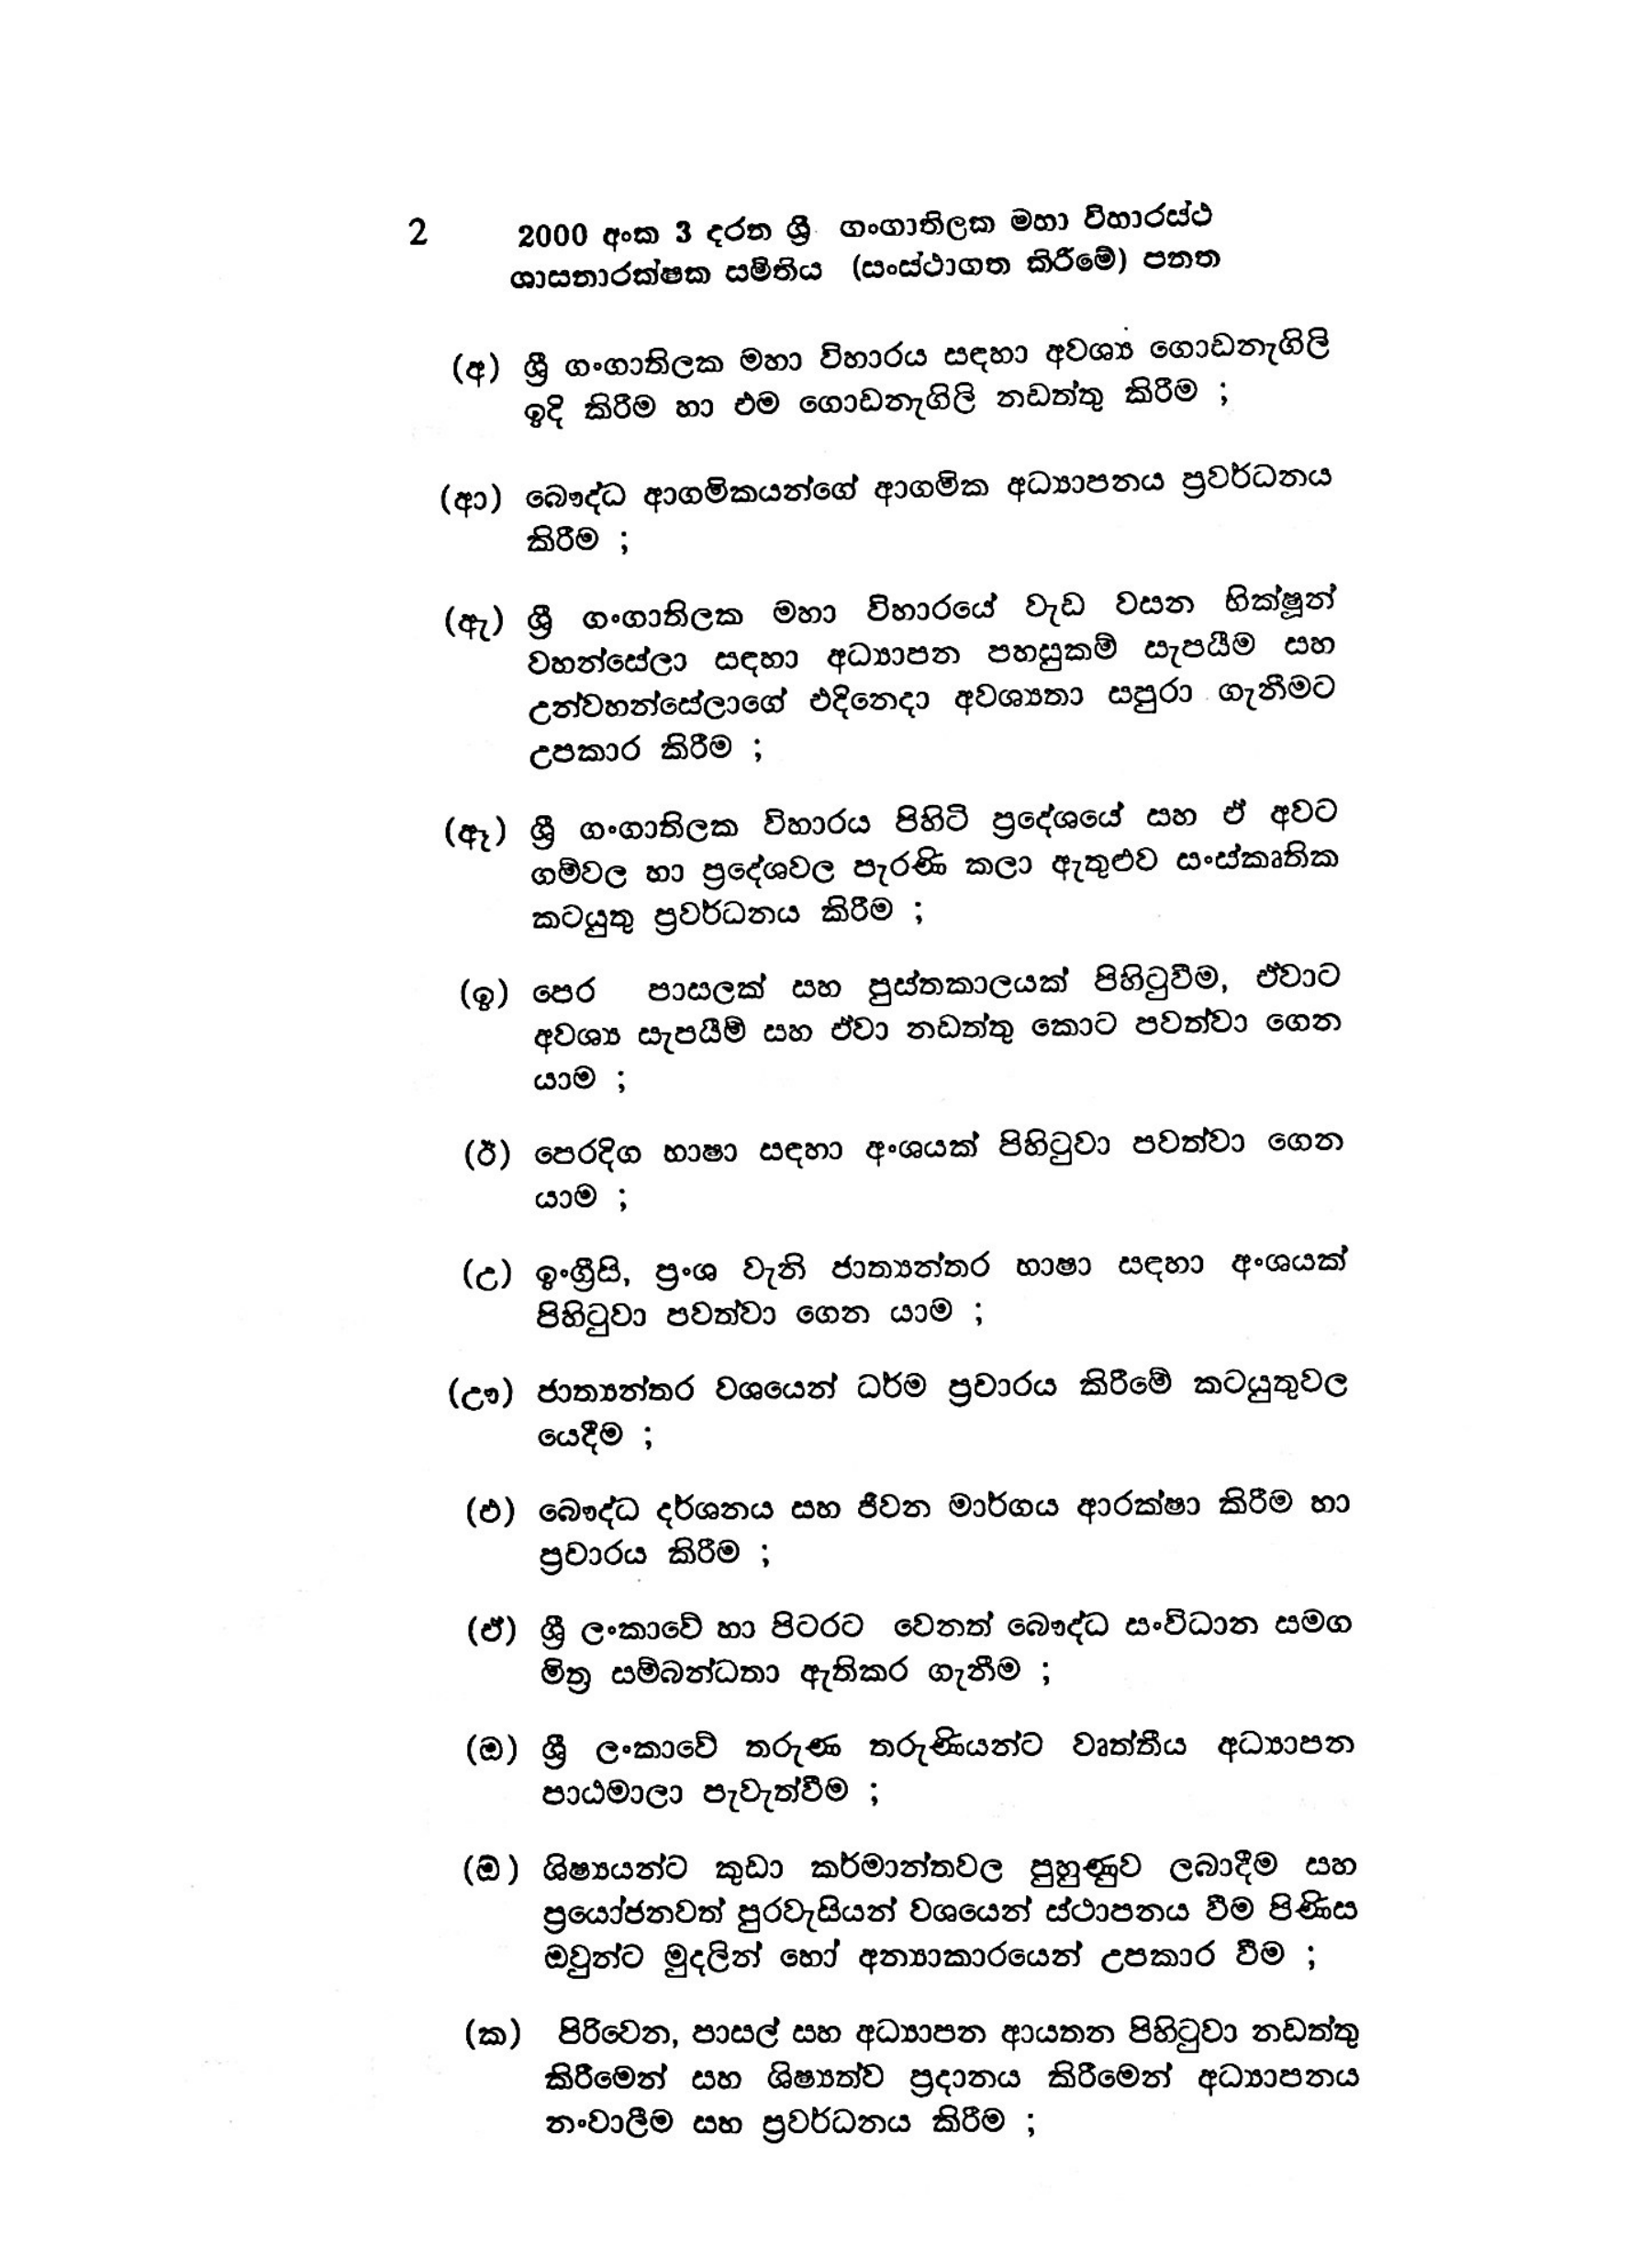
2 2000 අංක 3 දරන ශ්‍රී ගංගාතිලක මහා විහාරස්ථ
ශාසනාරක්ෂක සමිතිය (සංස්ථාගත කිරීමේ) පනත

(අ) ශ්‍රී ගංගාතිලක මහා විහාරය සඳහා අවශ්‍ය ගොඩනැගිලි
ඉදි කිරීම හා එම ගොඩනැගිලි නඩත්තු කිරීම ;

(ආ) බෞද්ධ ආගමිකයන්ගේ ආගමික අධ්‍යාපනය ප්‍රවර්ධනය
කිරීම ;

(ඇ) ශ්‍රී ගංගාතිලක මහා විහාරයේ වැඩ වසන භික්ෂූන්
වහන්සේලා සඳහා අධ්‍යාපන පහසුකම් සැපයීම සහ
උන්වහන්සේලාගේ එදිනෙදා අවශ්‍යතා සපුරා ගැනීමට
උපකාර කිරීම;

(ඈ) ශ්‍රී ගංගාතිලක විහාරය පිහිටි ප්‍රදේශයේ සහ ඒ අවට
ගම්වල හා ප්‍රදේශවල පැරණි කලා ඇතුළුව සංස්කෘතික
කටයුතු ප්‍රවර්ධනය කිරීම ;

(ඉ) පෙර පාසලක් සහ පුස්තකාලයක් පිහිටුවීම, ඒවාට
අවශ්‍ය සැපයීමි සහ ඒවා නඩත්තු කොට පවත්වා ගෙන
යාම;

(ඊ) පෙරදිග භාෂා සඳහා අංශයක් පිහිටුවා පවත්වා ගෙන
යාම;

(උ) ඉංග්‍රීසි, ප්‍රංශ වැනි ජාත්‍යන්තර භාෂා සඳහා අංශයක්
පිහිටුවා පවත්වා ගෙන යාම ;

(ඌ) ජාත්‍යන්තර වශයෙන් ධර්ම ප්‍රචාරය කිරීමේ කටයුතුවල
යෙදීම ;

(එ) බෞද්ධ දර්ශනය සහ ජීවන මාර්ගය ආරක්ෂා කිරීම හා
ප්‍රචාරය කිරීම ;

(ඒ) ශ්‍රී ලංකාවේ හා පිටරට වෙනත් බෞද්ධ සංවිධාන සමග
මිත්‍ර සම්බන්ධතා ඇතිකර ගැනීම ;

(ඔ) ශ්‍රී ලංකාවේ තරුණ තරුණියන්ට වෘත්තීය අධ්‍යාපන
පාඨමාලා පැවැත්වීම ;

(ඔ) ශිෂ්‍යයන්ට කුඩා කර්මාන්තවල පුහුණුව ලබාදීම සහ
ප්‍රයෝජනවත් පුරවැසියන් වශයෙන් ස්ථාපනය වීම පිණිස
ඔවුන්ට මුදලින් හෝ අන්‍යාකාරයෙන් උපකාර වීම ;

(ක) පිරිවෙන, පාසල් සහ අධ්‍යාපන ආයතන පිහිටුවා නඩත්තු
කිරීමෙන් සහ ශිෂ්‍යත්ව ප්‍රදානය කිරීමෙන් අධ්‍යාපනය
නංවාලීම සහ ප්‍රවර්ධනය කිරීම ;